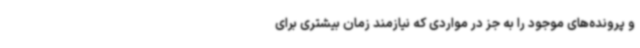
و پرونده‌های موجود را به جز در مواردی که نیازمند زمان بیشتری برای